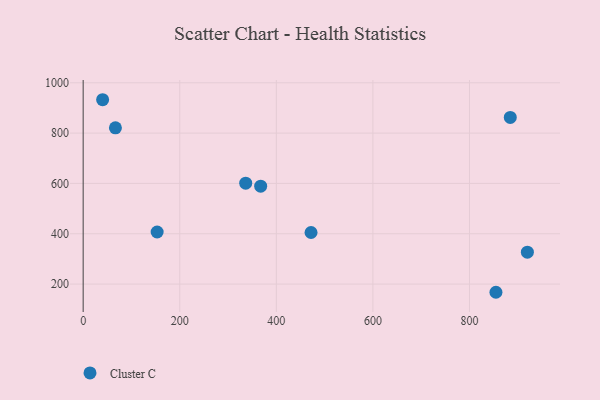
{"axis": {"x": "Speed", "y": "Yield"}, "legend": ["Cluster C"], "data": [{"x": "336.6", "y": 601.2, "type": "Cluster C"}, {"x": "153.2", "y": 407.0, "type": "Cluster C"}, {"x": "884.5", "y": 862.5, "type": "Cluster C"}, {"x": "66.8", "y": 821.0, "type": "Cluster C"}, {"x": "471.9", "y": 404.9, "type": "Cluster C"}, {"x": "367.6", "y": 589.1, "type": "Cluster C"}, {"x": "854.8", "y": 167.4, "type": "Cluster C"}, {"x": "40.3", "y": 932.7, "type": "Cluster C"}, {"x": "919.9", "y": 326.6, "type": "Cluster C"}]}